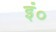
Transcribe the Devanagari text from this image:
इं०